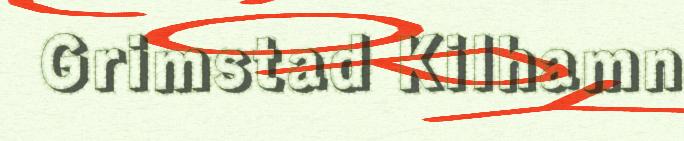
Grimstad Kilhamn